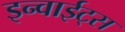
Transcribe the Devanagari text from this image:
इन्वाईट्स